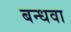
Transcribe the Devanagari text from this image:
बन्धवा